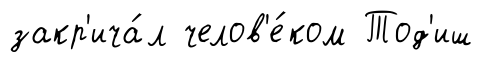
закр'ича́л челов'е́ком Тод'иш